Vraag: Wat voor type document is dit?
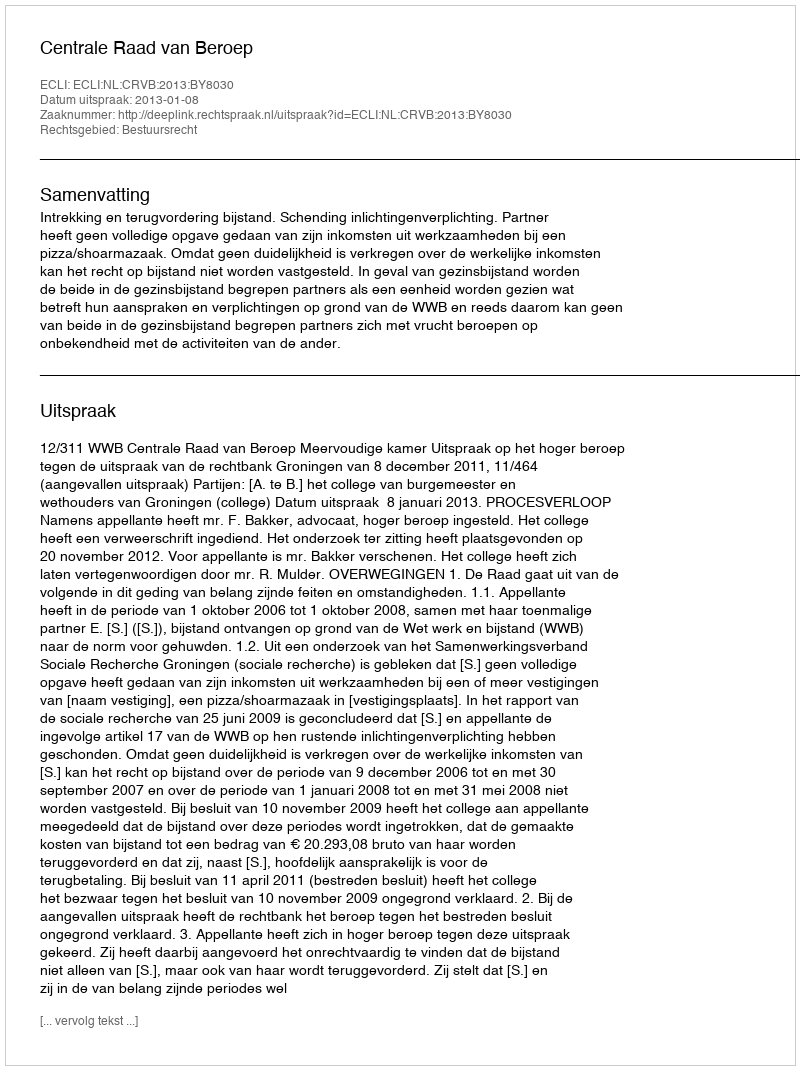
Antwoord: Uitspraak